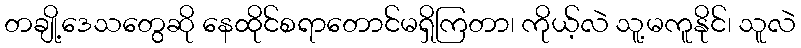
တချို့ဒေသတွေဆို နေထိုင်စရာတောင်မရှိကြတာ၊ ကိုယ့်လဲ သူ့မကူနိုင်၊ သူလဲ